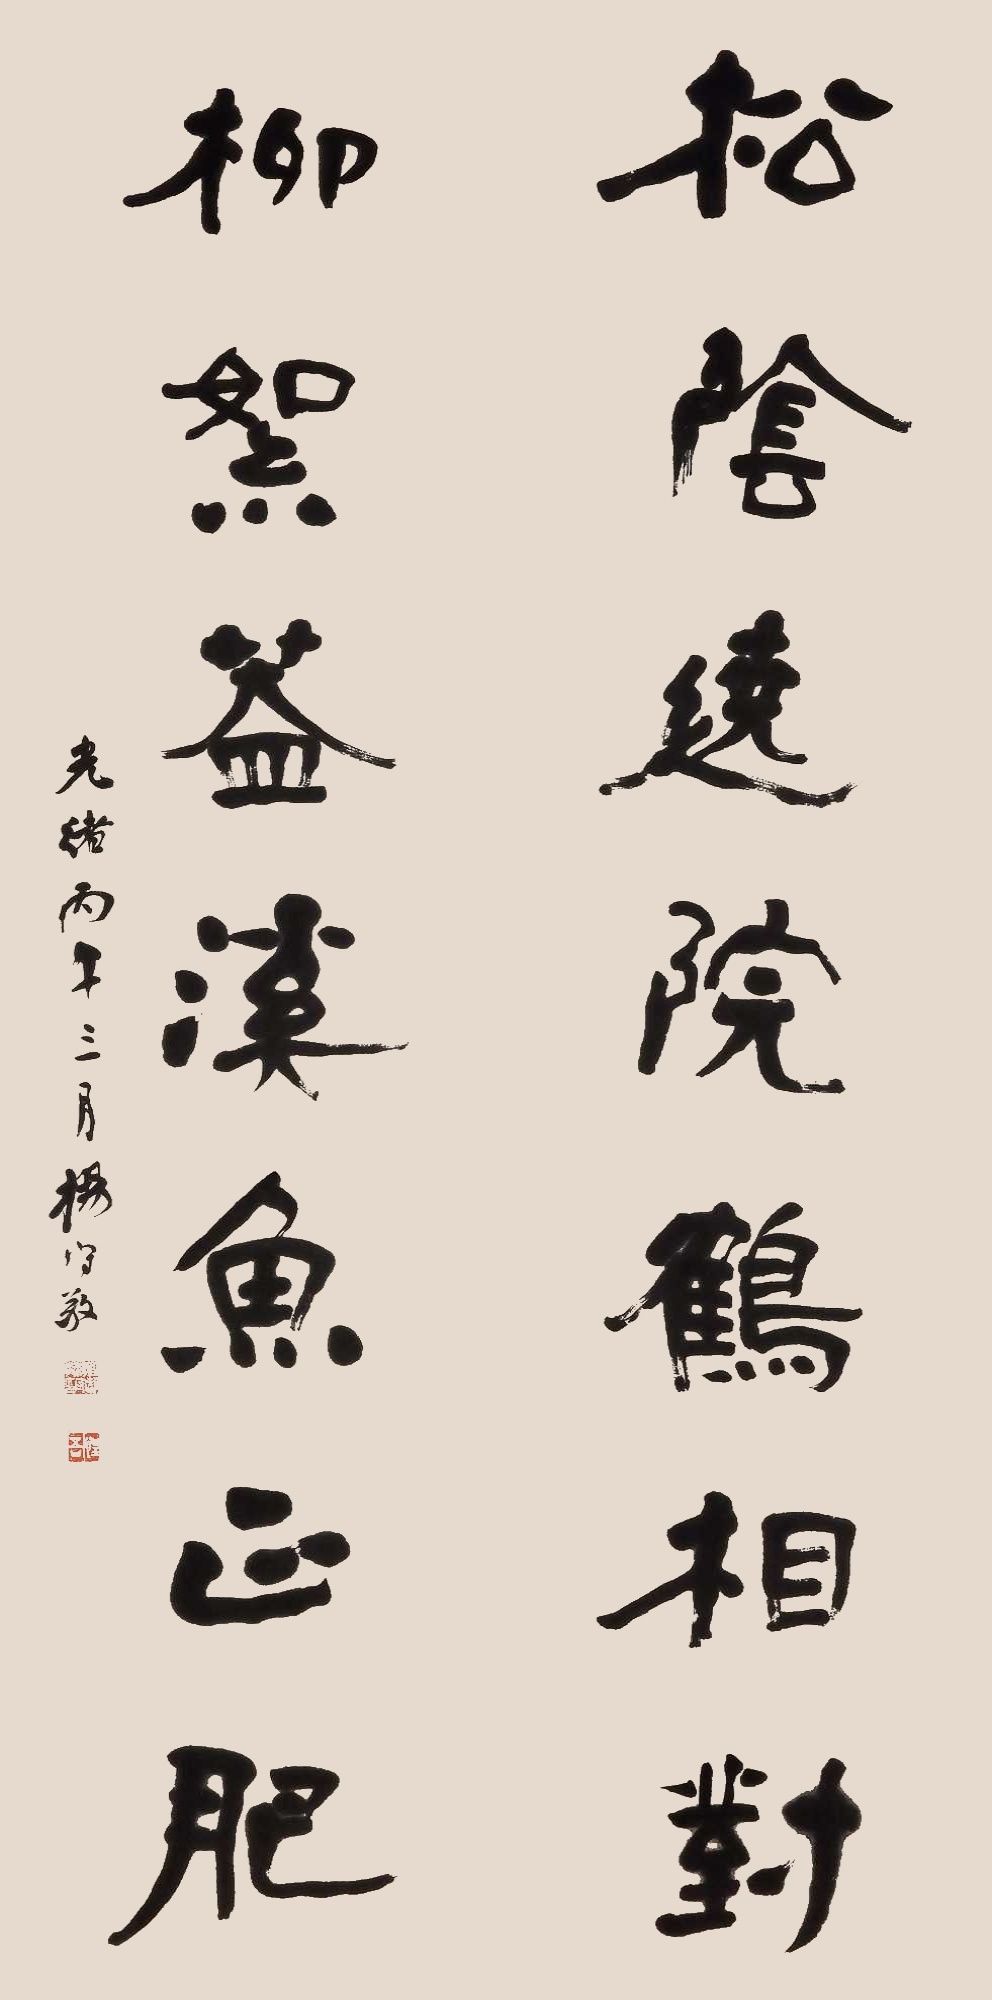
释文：松荫绕院鹤相对，柳絮盖溪鱼正肥。光绪丙午三月杨守敬。